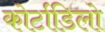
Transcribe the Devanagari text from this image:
कोर्टाडिलो